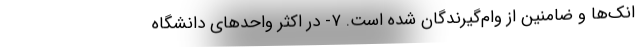
انک‌ها و ضامنین از وام‌گیرندگان شده است. ۷- در اکثر واحدهای دانشگاه